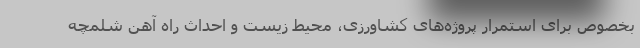
بخصوص برای استمرار پروژه‌های کشاورزی، محیط زیست و احداث راه آهن شلمچه